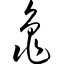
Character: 龟